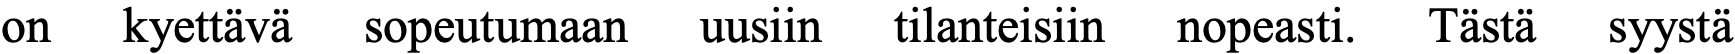
on  kyettävä sopeutumaan uusiin tilanteisiin nopeasti. Tästä syystä